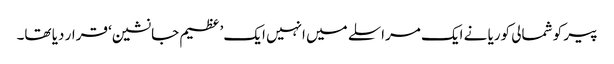
پیر کو شمالی کوریا نے ایک مراسلے میں انہیں ایک ’عظیم جانشین‘ قرار دیا تھا۔